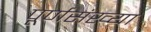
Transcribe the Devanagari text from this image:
पूर्णसंख्या